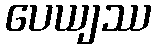
ပေယျဿ